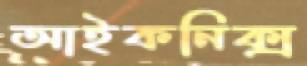
আইকনিক্স